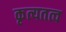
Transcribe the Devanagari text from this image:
कृत्यतत्व